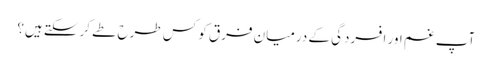
آپ غم اور افسردگی کے درمیان فرق کو کس طرح طے کرسکتے ہیں؟